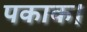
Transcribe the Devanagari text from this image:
पकाक।